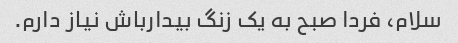
سلام، فردا صبح به یک زنگ بیدارباش نیاز دارم.